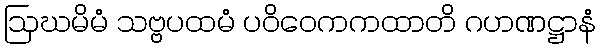
ဩဃမိမံ သဗ္ဗပထမံ ပဝိဝေကကထာတိ ဂဟဏဋ္ဌာနံ